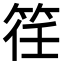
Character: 䇮